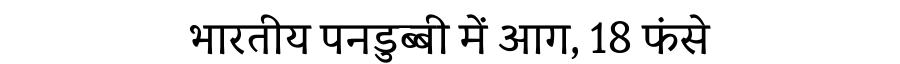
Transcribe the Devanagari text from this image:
भारतीय पनडुब्बी में आग, 18 फंसे